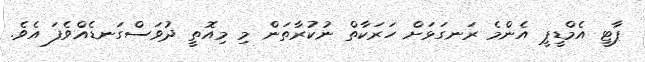
ޕާޓީ އެމްޑީޕީ އެންމެ ރަނގަޅަށް ހަރަކާތް ނުކުރާތަން މި މިއޮތީ ދުވަސްގަނޑެއްވެފަ އެވެ.